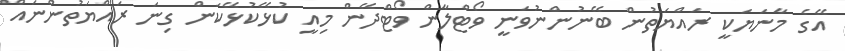
އޭގެ މާނަޔަކީ ރައްޔަތުން ބޭނުންނުވަނީ ވޯޓްލާން ވޯޓްދޭން މިއީ ކުޅޭކުޅޭކަން ގިނަ ރައްޔަތުންނައް